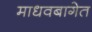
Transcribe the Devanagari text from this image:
माधवबागेत